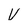
Character: v